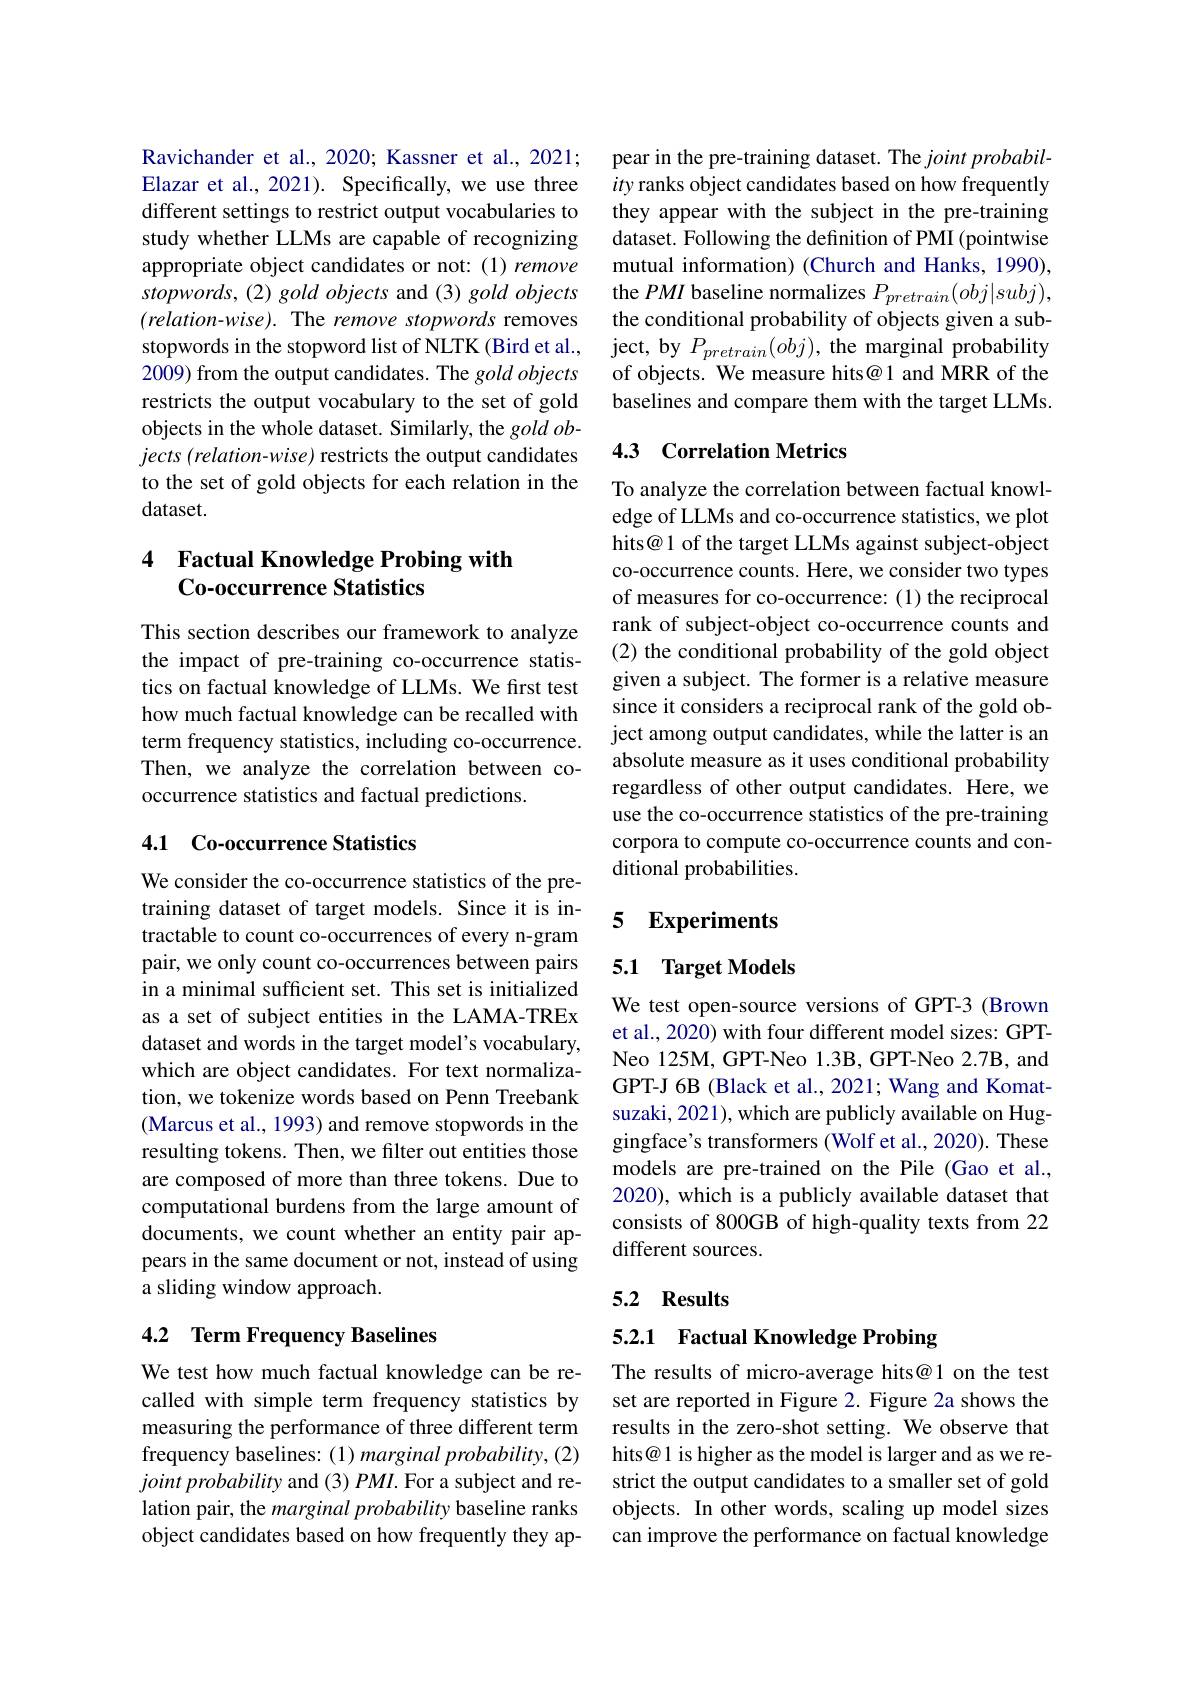
Ravichander et al., 2020; Kassner et al., 2021; Elazar et al., 2021). Specifically, we use three different settings to restrict output vocabularies to study whether LLMs are capable of recognizing appropriate object candidates or not:(1) remove stopwords, (2) gold objects and (3) gold objects $(relation-wise).$ The remove stopwords removes stopwords in the stopword list of NLTK (Bird et al., 2009) from the output candidates. The gold objects restricts the output vocabulary to the set of gold objects in the whole dataset. Similarly, the gold ob- $jects(relation-wise)$ restricts the output candidates to the set of gold objects for each relation in the dataset.

## 4 Factual Knowledge Probing with Co-occurrence Statistics

This section describes our framework to analyze the impact of pre-training co-occurrence statistics on factual knowledge of LLMs. We first test how much factual knowledge can be recalled with term frequency statistics, including co-occurrence. Then, we analyze the correlation between cooccurrence statistics and factual predictions.

### 4.1 Coccurrence Statistics

We consider the co-occurrence statistics of the pretraining dataset of target models. Since it is intractable to count co-occurrences of every n-gram pair, we only count co-occurrences between pairs in a minimal sufficient set. This set is initialized as a set of subject entities in the LAMA-TREx dataset and words in the target model's vocabulary, which are object candidates. For text normalization, we tokenize words based on Penn Treebank (Marcus et al., 1993) and remove stopwords in the resulting tokens. Then, we filter out entities those are composed of more than three tokens. Due to computational burdens from the large amount of documents, we count whether an entity pair appears in the same document or not, instead of using a sliding window approach.

## 4.2 Term Frequency Baselines

We test how much factual knowledge can be recalled with simple term frequency statistics by measuring the performance of three different term frequency baselines: (1) marginal probability, (2) $joint\textit{ probability and ( 3) PMI. For a subject and re- }$ lation pair, the marginal probability baseline ranks object candidates based on how frequently they ap-

pear in the pre-training dataset. The joint probability ranks object candidates based on how frequently they appear with the subject in the pre-training dataset. Following the definition of PMI (pointwise mutual information) (Church and Hanks, 1990), the PMI baseline normalizes $P_{pretrain}(obj|subj)$, the conditional probability of objects given a subject, by $P_{pretrain}(obj)$, the marginal probability of objects. We measure hits@1 and MRR of the baselines and compare them with the target LLMs.

## 4.3 Correlation Metrics

To analyze the correlation between factual knowledge of LLMs and co-occurrence statistics, we plot hits@ 1 of the target LLMs against subject-object co-occurrence counts. Here, we consider two types of measures for co-occurrence: (1) the reciprocal rank of subject-object co-occurrence counts and (2) the conditional probability of the gold object given a subject. The former is a relative measure since it considers a reciprocal rank of the gold object among output candidates, while the latter is an absolute measure as it uses conditional probability regardless of other output candidates. Here, we use the co-occurrence statistics of the pre-training corpora to compute co-occurrence counts and conditional probabilities.

### 5 Experiments

### 5.1 Target Models

We test open-source versions of GPT-3 (Brown et al., 2020) with four different model sizes: GPTNeo 125M, GPT-Neo 1.3B, GPT-Neo 2.7B, and GPT-J 6B (Black et al., 2021; Wang and Komatsuzaki, 2021), which are publicly available on Huggingface's transformers (Wolf et al., 2020). These models are pre-trained on the Pile (Gao et al., 2020), which is a publicly available dataset that consists of 800GB of high-quality texts from 22 different sources.

# 5.2 Results

## 5.2.1 Factual Knowledge Probing

The results of micro-average hits@1 on the test set are reported in Figure 2. Figure 2a shows the results in the zero-shot setting. We observe that hits@ 1 is higher as the model is larger and as we restrict the output candidates to a smaller set of gold objects. In other words, scaling up model sizes can improve the performance on factual knowledge